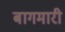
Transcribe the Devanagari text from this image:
बागमारी